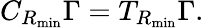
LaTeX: C_{R_{\mathrm{min}}}\Gamma=T_{R_{\mathrm{min}}}\Gamma.